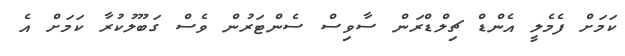
ކަމަށް ފެމެލީ އެންޑް ޗިލްޑްރަން ސާވިސް ސެންޓަރުން ވެސް ގަބޫލުކުރާ ކަމަށް އެ